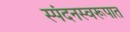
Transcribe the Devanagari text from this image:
स्पंदनस्वरूपात